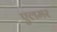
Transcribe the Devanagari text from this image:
एलमर